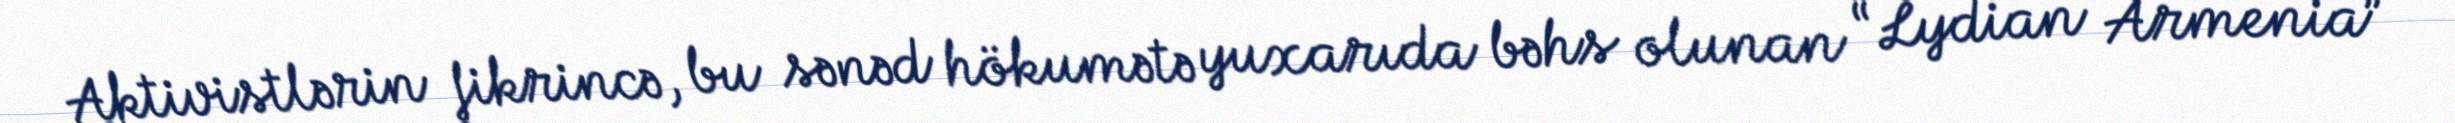
Aktivistlərin fikrincə, bu sənəd hökumətə yuxarıda bəhs olunan “Lydian Armenia”